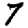
Digit: 7